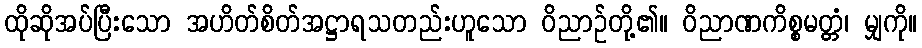
ထိုဆိုအပ်ပြီးသော အဟိတ်စိတ်အဋ္ဌာရသတည်းဟူသော ဝိညာဉ်တို့၏။ ဝိညာဏကိစ္စမတ္တံ၊ မျှကို။